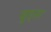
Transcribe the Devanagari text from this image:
बुड्स